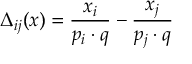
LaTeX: \Delta _ { i j } ( x ) = { \frac { x _ { i } } { p _ { i } \cdot q } } - { \frac { x _ { j } } { p _ { j } \cdot q } }